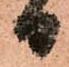
日